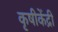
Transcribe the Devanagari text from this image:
कृषीकेंद्री